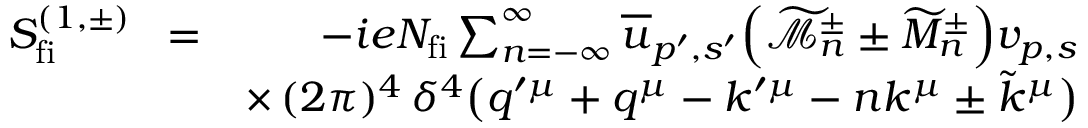
\begin{array} { r l r } { S _ { \mathrm { f i } } ^ { ( 1 , \pm ) } \! } & { = } & { \! - i e N _ { \mathrm { f i } } \sum _ { n = - \infty } ^ { \infty } \overline { { u } } _ { p ^ { \prime } , s ^ { \prime } } \Big ( \widetilde { \mathcal { M } } _ { n } ^ { \pm } \pm \widetilde { M } _ { n } ^ { \pm } \Big ) v _ { p , s } } \\ & { } & { \times \, ( 2 \pi ) ^ { 4 } \, \delta ^ { 4 } \big ( q ^ { \prime \mu } + q ^ { \mu } - k ^ { \prime \mu } - n k ^ { \mu } \pm \tilde { k } ^ { \mu } \big ) } \end{array}